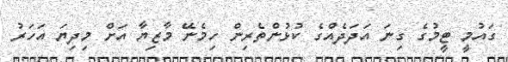
ގައުމީ ޓީމުގެ ގިނަ އަދަދެއްގެ ކުޅުންތެރިން ހިމެނޭ މާޒިޔާ އަށް މިދިޔަ އަހަރު